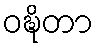
ဝဍ္ဎိတာ